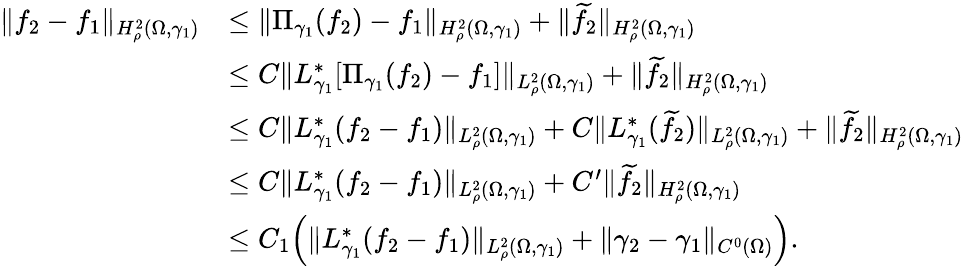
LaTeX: \begin{array}{rl}{\| f_{2}-f_{1}\| _{H_{\rho}^{2}(\Omega,\gamma_{1})}}&{\leq\| \Pi_{\gamma_{1}}(f_{2})-f_{1}\| _{H_{\rho}^{2}(\Omega,\gamma_{1})}+\| \widetilde f_{2}\| _{H_{\rho}^{2}(\Omega,\gamma_{1})}}\\ &{\leq C\| L_{\gamma_{1}}^{*}[\Pi_{\gamma_{1}}(f_{2})-f_{1}]\| _{L_{\rho}^{2}(\Omega,\gamma_{1})}+\| \widetilde f_{2}\| _{H_{\rho}^{2}(\Omega,\gamma_{1})}}\\ &{\leq C\| L_{\gamma_{1}}^{*}(f_{2}-f_{1})\| _{L_{\rho}^{2}(\Omega,\gamma_{1})}+C\| L_{\gamma_{1}}^{*}(\widetilde f_{2})\| _{L_{\rho}^{2}(\Omega,\gamma_{1})}+\| \widetilde f_{2}\| _{H_{\rho}^{2}(\Omega,\gamma_{1})}}\\ &{\leq C\| L_{\gamma_{1}}^{*}(f_{2}-f_{1})\| _{L_{\rho}^{2}(\Omega,\gamma_{1})}+C^{\prime}\| \widetilde f_{2}\| _{H_{\rho}^{2}(\Omega,\gamma_{1})}}\\ &{\leq C_{1}\Big(\| L_{\gamma_{1}}^{*}(f_{2}-f_{1})\| _{L_{\rho}^{2}(\Omega,\gamma_{1})}+\| \gamma_{2}-\gamma_{1}\| _{C^{0}(\Omega)}\Big).}\end{array}